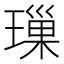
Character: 璅